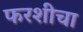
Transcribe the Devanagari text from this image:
फरशीचा